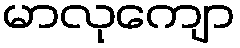
မာလုကျော